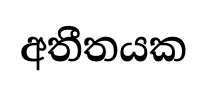
අතීතයක